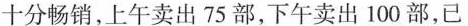
十分畅销，上车卖出75部，下午卖出100部，已